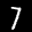
Label: 7